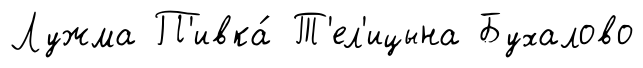
Лужма П'ивка́ Т'ел'ицына Бухалово